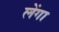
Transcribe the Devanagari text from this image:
लेंगा